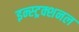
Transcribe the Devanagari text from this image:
इन्स्ट्रक्शनल